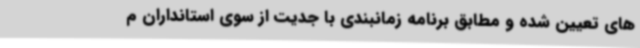
های تعیین شده و مطابق برنامه زمانبندی با جدیت از سوی استانداران م